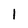
Character: l